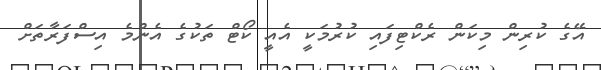
އޭގެ ކުރިން މިކަން ރެކްޓިފައި ކުރުމަކީ އެއީ ކޯޓް ތަކުގެ އެންމެ އިސްފަރާތަށް